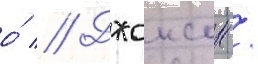
о́ // Джонсон /